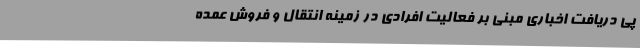
پی دریافت اخباری مبنی بر فعالیت افرادی در زمینه انتقال و فروش عمده